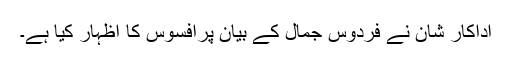
اداکار شان نے فردوس جمال کے بیان پرافسوس کا اظہار کیا ہے۔